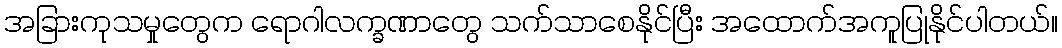
အခြားကုသမှုတွေက ရောဂါလက္ခဏာတွေ သက်သာစေနိုင်ပြီး အထောက်အကူပြုနိုင်ပါတယ်။